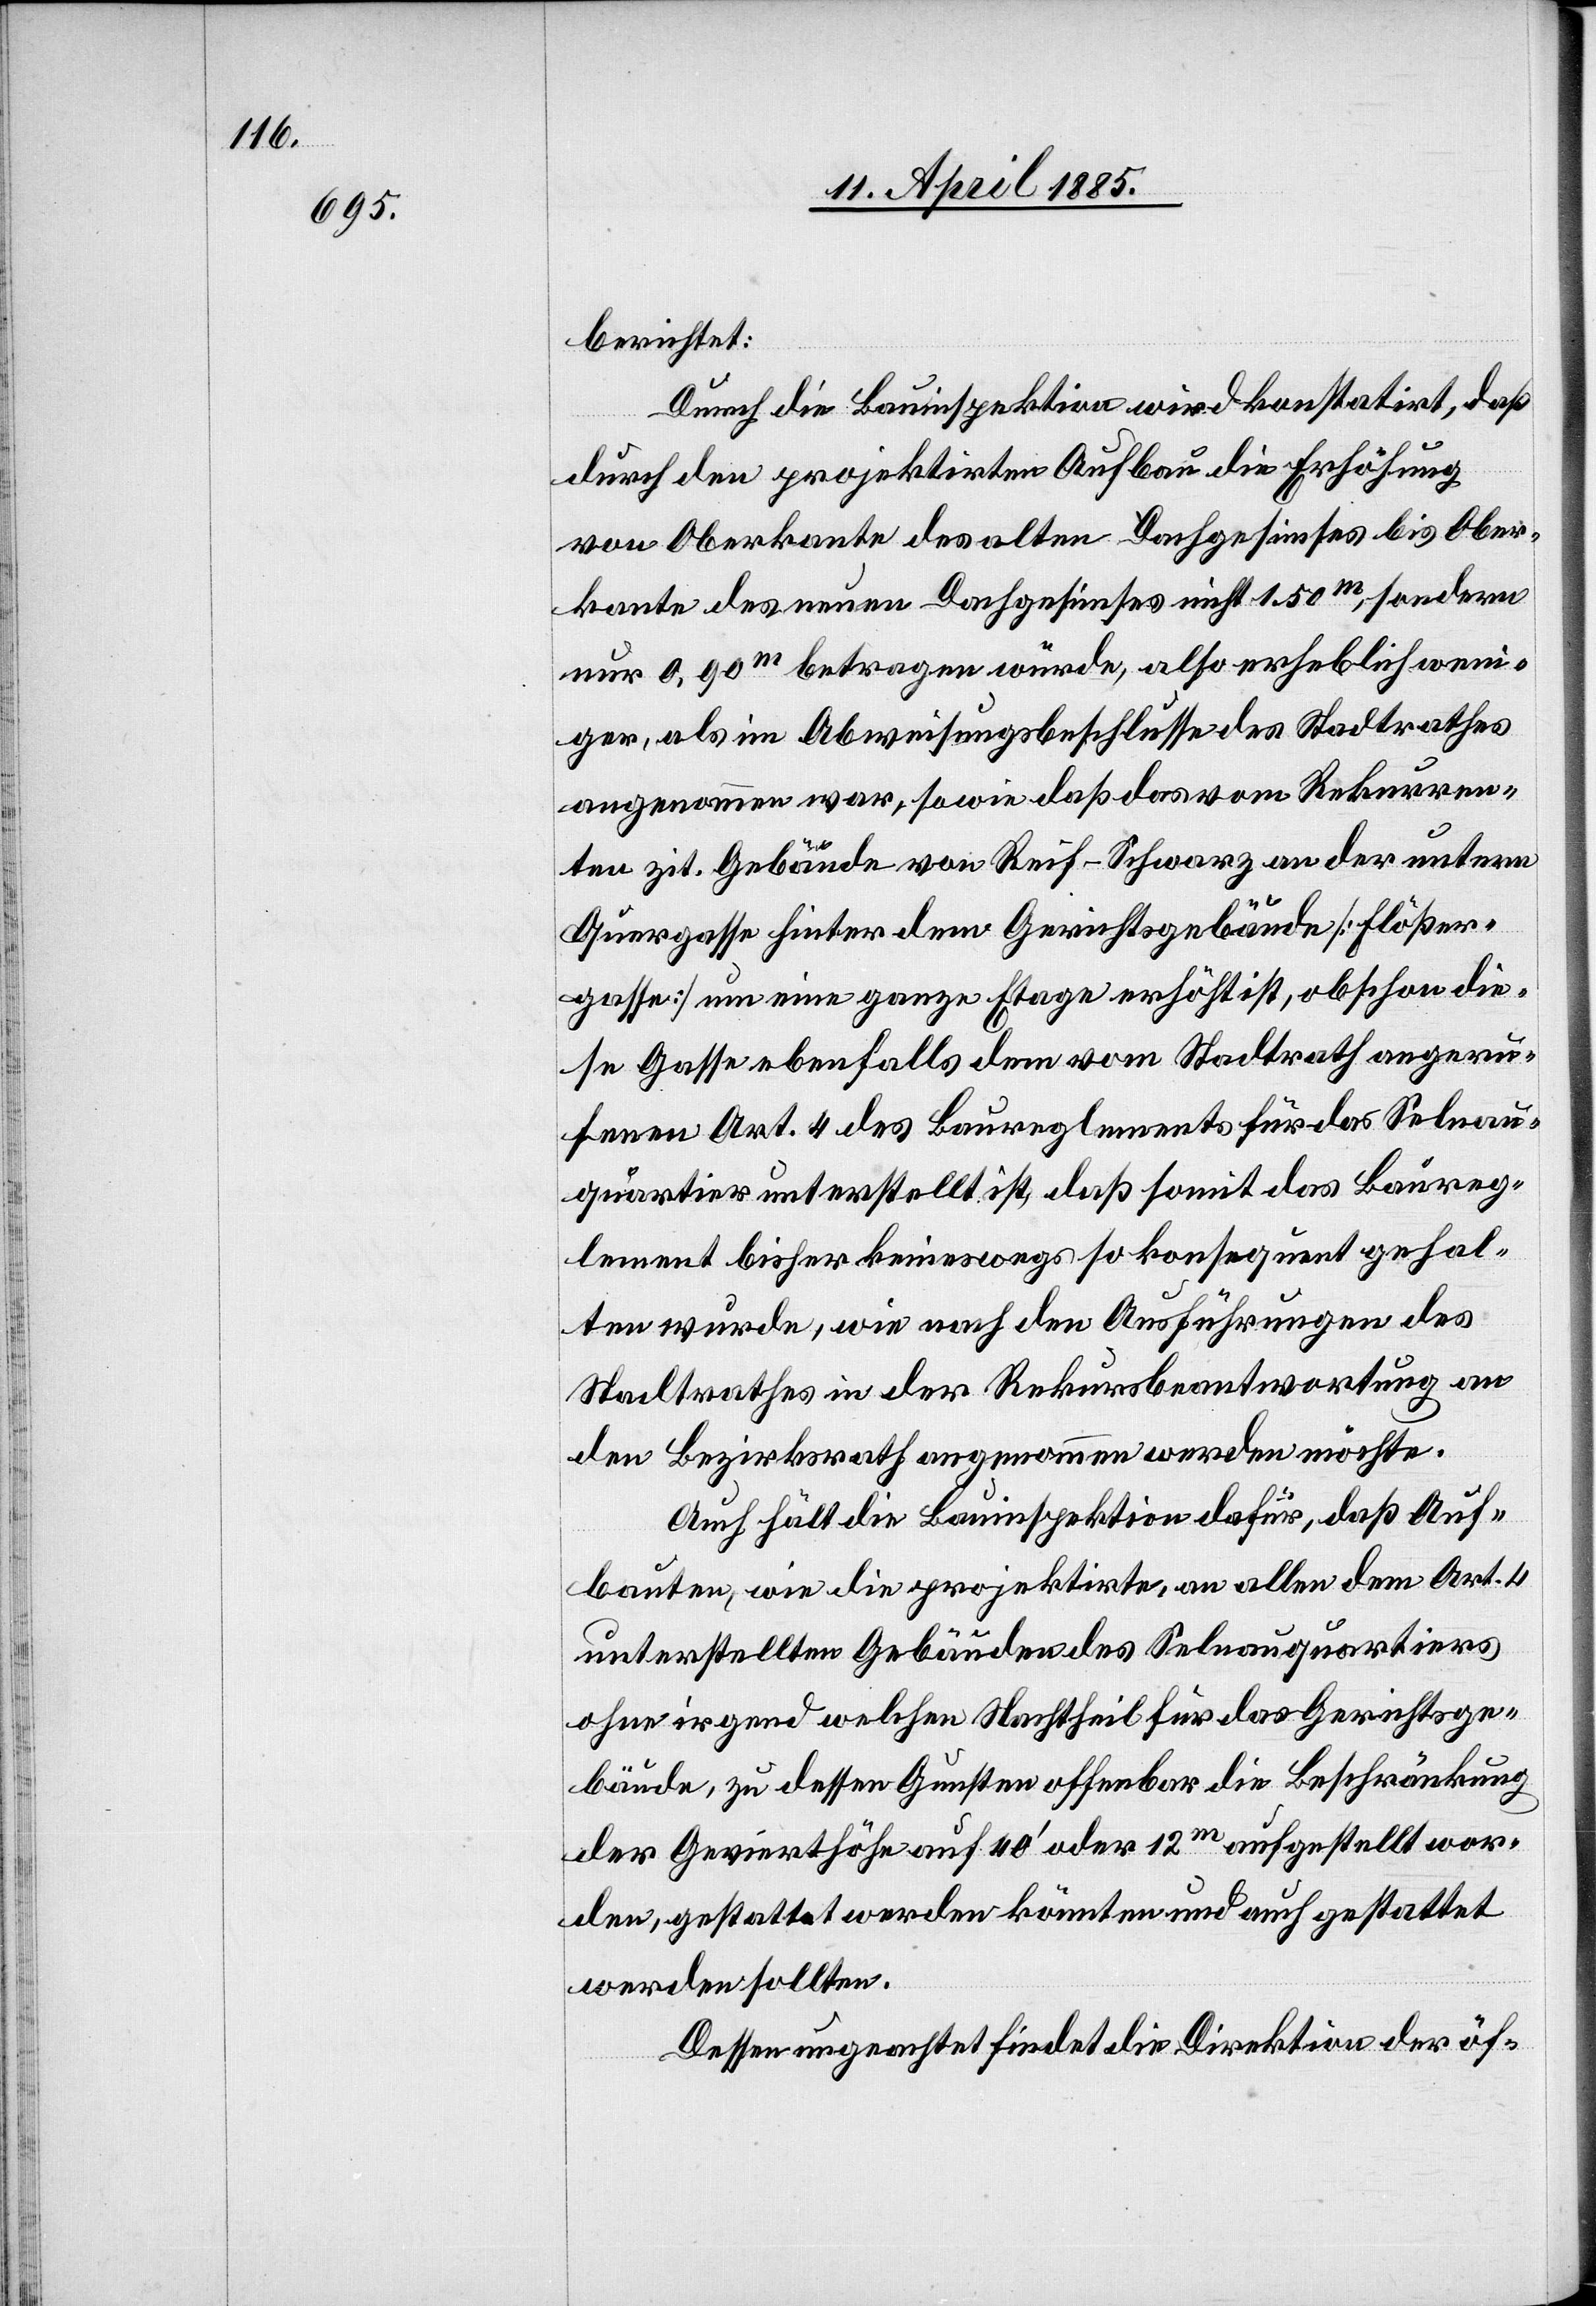
berichtet:
Durch die Bauinspektion wird konstatirt, daß
durch den projektirten Aufbau die Erhöhung
von Oberkante des alten Dachgesimses bis Ober¬
kante des neuen Dachgesimses nicht 1.50 m, sondern
nur 0,90 m betragen würde, also erheblich weni¬
ger, als im Abweisungsbeschlusse des Stadtrathes
angenommen war, sowie daß das vom Rekurren¬
ten zit. Gebäude von Reif-Schwarz an der untern
Quergasse hinter dem Gerichtsgebäude [Flößer¬
gasse] um eine ganze Etage erhöht ist, obschon die¬
se Gasse ebenfalls dem vom Stadtrath angeru¬
fenen Art. 4 des Baureglements für das Selnau¬
quartier unterstellt ist, daß somit das Baureg¬
lement bisher keineswegs so konsequent gehal¬
ten wurde, wie nach den Ausführungen des
Stadtrathes in der Rekursbeantwortung an
den Bezirksrath angenommen werden möchte.
Auch hält die Bauinspektion dafür, daß Auf¬
bauten, wie die projektirte, an allen dem Art. 4
unterstellten Gebäuden des Selnauquartiers
ohne irgend welchen Nachtheil für das Gerichtsge¬
bäude, zu dessen Gunsten offenbar die Beschränkung
der Gevierthöhe auf 40’ oder 12 m aufgestellt wor¬
den, gestattet werden könnten und auch gestattet
werden sollten.
Dessen ungeachtet findet die Direktion der öf-